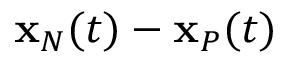
{ \bf x } _ { N } ( t ) - { \bf x } _ { P } ( t )